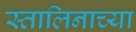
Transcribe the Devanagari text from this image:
स्तालिनाच्या